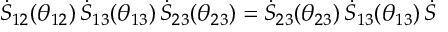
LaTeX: \dot { S } _ { 1 2 } ( \theta _ { 1 2 } ) \, \dot { S } _ { 1 3 } ( \theta _ { 1 3 } ) \, \dot { S } _ { 2 3 } ( \theta _ { 2 3 } ) = \dot { S } _ { 2 3 } ( \theta _ { 2 3 } ) \, \dot { S } _ { 1 3 } ( \theta _ { 1 3 } ) \, \dot { S }